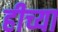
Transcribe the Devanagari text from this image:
हीच्या